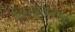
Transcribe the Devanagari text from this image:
दिनवत्स्नानं